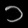
Digit: ၁